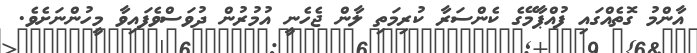
އާންމު ގޮތެއްގައި ފުއްޕާމޭގެ ކެންސަރާ ކުރިމަތި ލާން ޖެހެނީ އުމުރުން ދުވަސްވެފައިވާ މީހުންނަށެވެ.